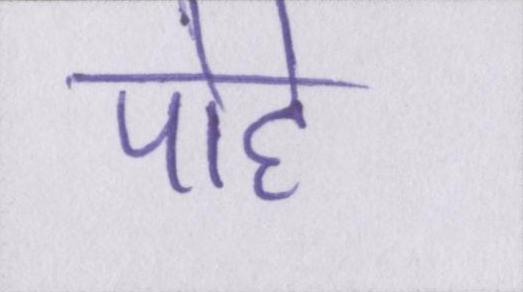
पोहे